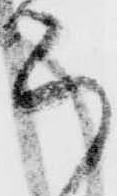
ら